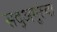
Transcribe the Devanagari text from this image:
सद्‍अगुरुंचा